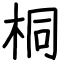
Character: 桐